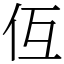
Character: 仾